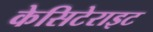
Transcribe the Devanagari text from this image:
केसिटेराइट